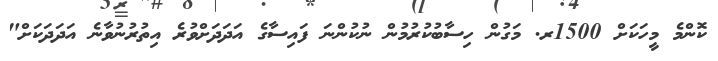
ކޮންމެ މީހަކަށް 1500ރ. މަގުން ހިސާބުކުރުމުން ނުކުންނަ ފައިސާގެ އަދަދަށްވުރެ އިތުރުނުވާނެ އަދަދަކަށް"